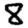
Digit: 8